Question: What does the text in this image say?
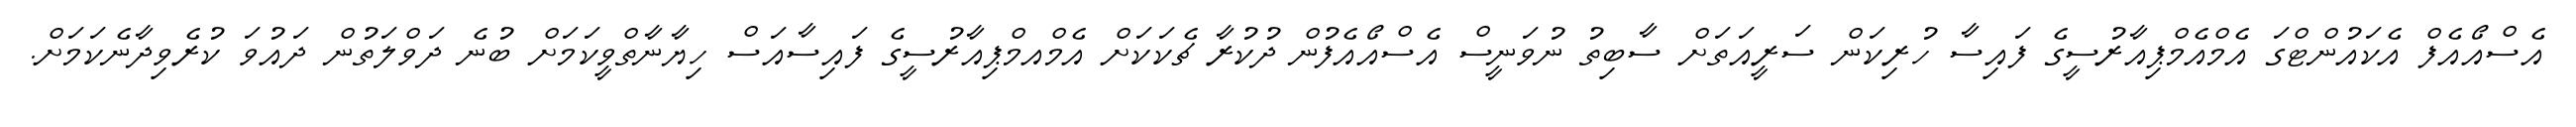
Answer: އެސްއޯއެފް އެކައުންޓްގަ އެމްއެމްޕިއާރުސީގެ ފައިސާ ހުރިކަން ސަރީއަތަށް ސާބިތު ނުވަނީސް އެސްއޯއެފުން ދުކުރާ ޗެކަކަށް އެމްއމްޕިއާރުސީގެ ފައިސާއަސް ހިޔާނާތްވީކަމަށް ބުނެ ދަވްލަތުން ދައުވަ ކުރެވިދާނެކަމަށް.